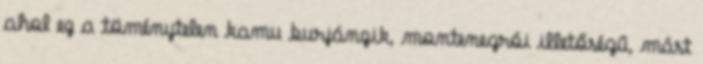
ahol ez a töménytelen kamu burjánzik, montenegrói illetőségű, mást